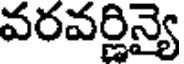
వరవర్ణిన్యై